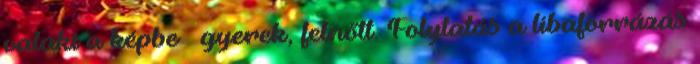
valaki a képbe – gyerek, felnőtt. Folytatás a libaforrázás